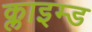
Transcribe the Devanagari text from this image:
क्लाइम्ड